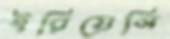
ইরিয়েসি